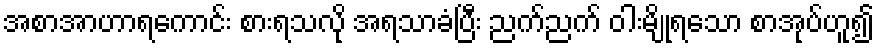
အစာအာဟာရကောင်း စားရသလို အရသာခံပြီး ညက်ညက် ဝါးမျိုရသော စာအုပ်ဟူ၍